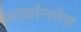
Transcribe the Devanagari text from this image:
आर्कान्तोस